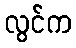
လွင်က